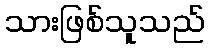
သားဖြစ်သူသည်